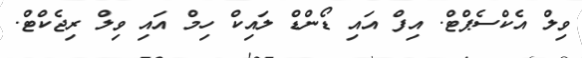
ވިލް އެކްސެޕްޓް. އިފް އައި ޑޯންޑް ލައިކް ހިމް އައި ވިލް ރިޖެކްޓް.